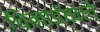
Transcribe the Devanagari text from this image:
चिनाईवाले